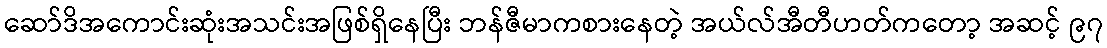
ဆော်ဒိအကောင်းဆုံးအသင်းအဖြစ်ရှိနေပြီး ဘန်ဇီမာကစားနေတဲ့ အယ်လ်အီတီဟတ်ကတော့ အဆင့် ၉၇